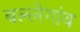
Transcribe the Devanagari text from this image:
बल्लेगांव